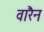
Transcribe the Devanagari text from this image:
वारैन